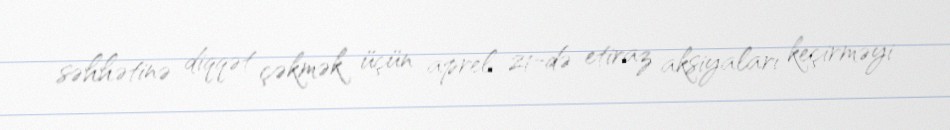
səhhətinə diqqət çəkmək üçün aprel 21-də etiraz aksiyaları keçirməyi